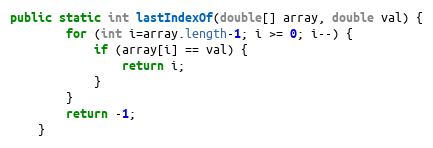
Language: Java
public static int lastIndexOf(double[] array, double val) {
        for (int i=array.length-1; i >= 0; i--) {
            if (array[i] == val) {
                return i;
            }
        }
        return -1;
    }